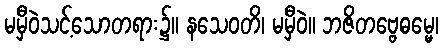
မမှီဝဲသင့်သောတရား၌။ နသေဝတိ၊ မမှီဝဲ။ ဘဇိတဗ္ဗေဓမ္မေ၊